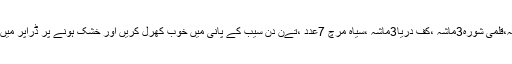
سرمہ سیاہ 2تولہ،قلمی شورہ3ماشہ ،کف دریا3ماشہ ،سیاہ مرچ 7عدد ،تےن دن سیب کے پانی میں خوب کھرل کریں اور خشک ہونے پر ڈراپر میں مھفوط کر لیں ۔